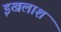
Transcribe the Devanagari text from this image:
इखलाश